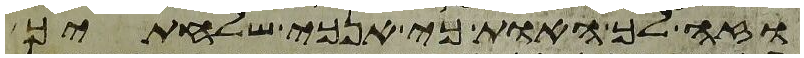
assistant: וזה לך האות כי אנכי שלחתיך